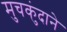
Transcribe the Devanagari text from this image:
मुचकुंदाने